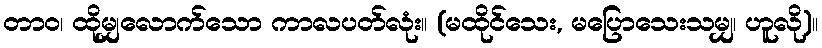
တာဝ၊ ထိုမျှလောက်သော ကာလပတ်လုံး။ (မထိုင်သေး, မပြောသေးသမျှ၊ ဟူလို)။